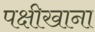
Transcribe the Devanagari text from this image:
पक्षीखाना